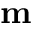
\bf { m }